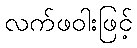
လက်ဖဝါးဖြင့်